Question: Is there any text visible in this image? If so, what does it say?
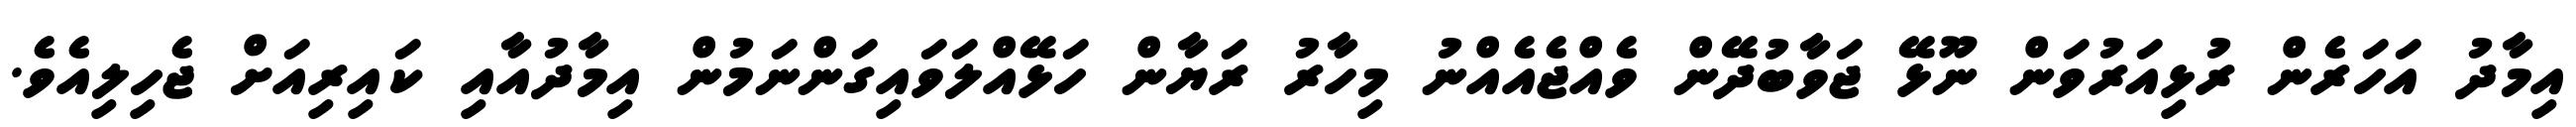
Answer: އިމާދު އަހަރެން ރުޅިއަރުވަން ނޫޅޭ ޖަވާބުދޭން ވެއްޖެއެއްނު މިހާރު ރަޔާން ހަޅޭއްލަވައިގަންނަމުން އިމާދުއާއި ކައިރިއަށް ޖެހިލިއެވެ.